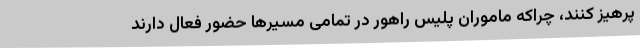
پرهیز کنند، چراکه ماموران پلیس راهور در تمامی مسیرها حضور فعال دارند